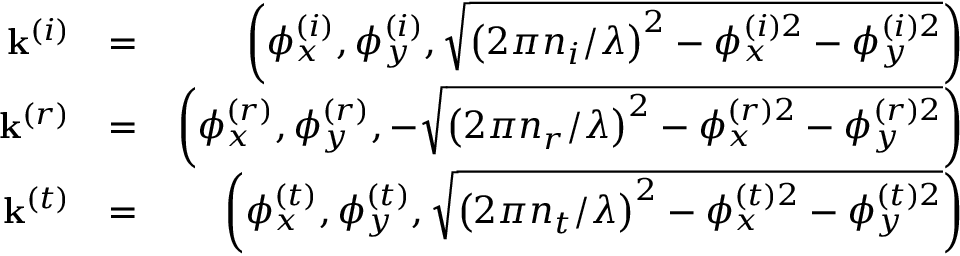
\begin{array} { r l r } { \mathbf { k } ^ { \left( i \right) } } & { = } & { \left( \phi _ { x } ^ { \left( i \right) } , \phi _ { y } ^ { \left( i \right) } , \sqrt { \left( 2 \pi n _ { i } / \lambda \right) ^ { 2 } - \phi _ { x } ^ { \left( i \right) 2 } - \phi _ { y } ^ { \left( i \right) 2 } } \right) } \\ { \mathbf { k } ^ { \left( r \right) } } & { = } & { \left( \phi _ { x } ^ { \left( r \right) } , \phi _ { y } ^ { \left( r \right) } , - \sqrt { \left( 2 \pi n _ { r } / \lambda \right) ^ { 2 } - \phi _ { x } ^ { \left( r \right) 2 } - \phi _ { y } ^ { \left( r \right) 2 } } \right) } \\ { \mathbf { k } ^ { \left( t \right) } } & { = } & { \left( \phi _ { x } ^ { \left( t \right) } , \phi _ { y } ^ { \left( t \right) } , \sqrt { \left( 2 \pi n _ { t } / \lambda \right) ^ { 2 } - \phi _ { x } ^ { \left( t \right) 2 } - \phi _ { y } ^ { \left( t \right) 2 } } \right) } \end{array}